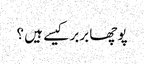
پوچھا بربر کیسے ہیں ؟